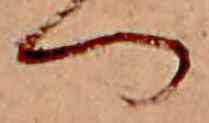
つ